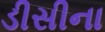
ડીસીના